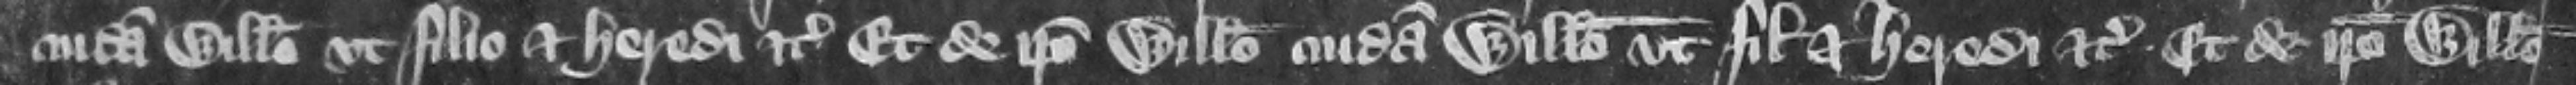
cuidam Willelmo vt filio et heredi etc. et de ipso Willelmo cuidam Willelmo vt filio et heredi etc. et de ipso Willelmo